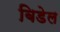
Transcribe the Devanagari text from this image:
बिडेल